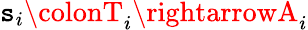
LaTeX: \mathtt{s}_{i}\colonT_{i}\rightarrowA_{i}